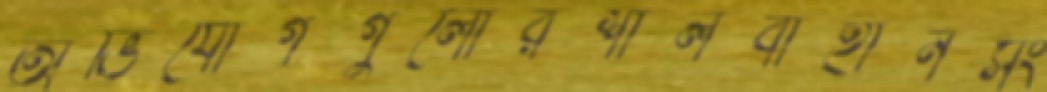
অভিযোগগুলোরশালবাহানসং